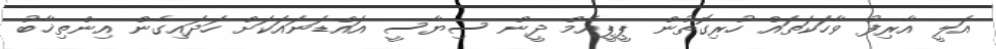
އަލީ އާރިފު ވާހަކަތައް ހުރިގޮތުން ޕީޕީއެމް ދީން ސިޔާސީ އައްޑަނައަކަށް ހަދައިގެން އިންތިޚާބު